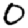
Digit: 0